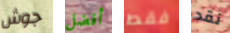
جوش أفضل فقط نقد